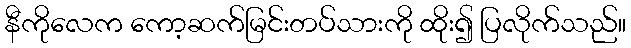
နီကိုလေက ကော့ဆက်မြင်းတပ်သားကို ထိုး၍ ပြလိုက်သည်။